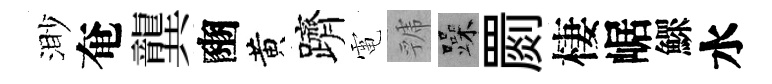
渺奄龔豳黄躋電虢躁罽棲崌鰥水